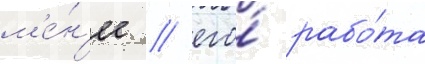
м'е́н'ее / его́ рабо́та